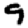
Digit: 9